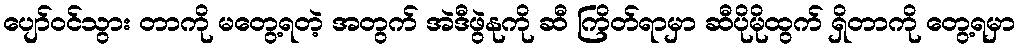
ပျော်ဝင်သွား တာကို မတွေ့ရတဲ့ အတွက် အဲဒီဖွဲနုကို ဆီ ကြိတ်ရာမှာ ဆီပိုမိုထွက် ရှိတာကို တွေ့ရမှာ